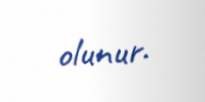
olunur.